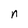
Character: n